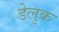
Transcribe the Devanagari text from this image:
डेलुक